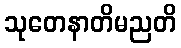
သုတေနာတိမညတိ